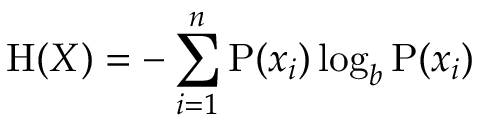
\mathrm { H } ( X ) = - \sum _ { i = 1 } ^ { n } { \mathrm { P } ( x _ { i } ) \log _ { b } \mathrm { P } ( x _ { i } ) }